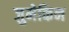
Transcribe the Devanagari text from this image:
जुमेकिन